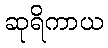
ဆုရိကာယ